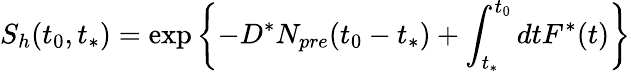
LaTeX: S_{h}(t_{0},t_{*})=\exp\left\{ -D^{*}N_{pre}(t_{0}-t_{*})+\int_{t_{*}}^{t_{0}}dtF^{*}(t)\right\}